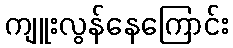
ကျူးလွန်နေကြောင်း